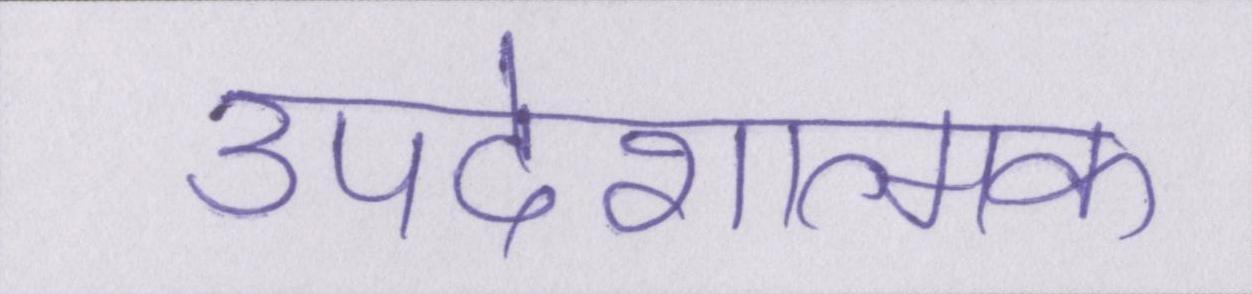
उपदेशात्मक